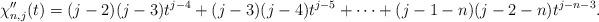
LaTeX: \begin{align*}\chi_{n,j}^{\prime\prime}(t)=(j-2)(j-3)t^{j-4}+(j-3)(j-4)t^{j-5}+\cdots+(j-1-n)(j-2-n)t^{j-n-3}.\end{align*}